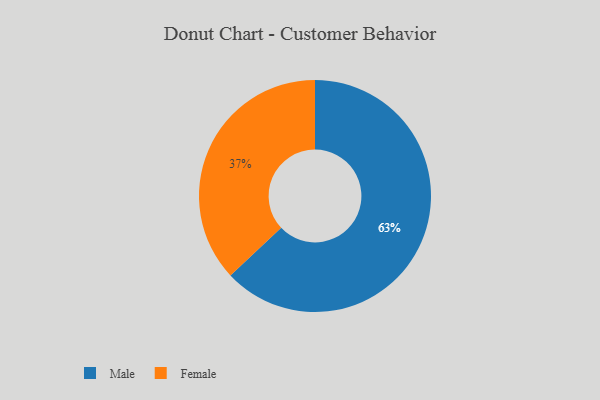
{"axis": {"x": "Category", "y": "Percentage"}, "legend": ["Female", "Male"], "data": [{"x": "Female", "y": 37, "type": "Female"}, {"x": "Male", "y": 63, "type": "Male"}]}